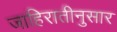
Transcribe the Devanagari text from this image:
जाहिरातीनुसार